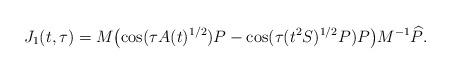
LaTeX: \begin{align*} {J}_1(t,\tau) = M \bigl( \cos (\tau A(t)^{1/2}) P -\cos ( \tau (t^2 S)^{1/2} P) P \bigr) M^{-1} \widehat{P}.\end{align*}